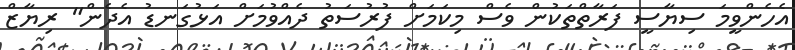
އެހެންވީމަ ސިޔާސީ ފަރާތްތަކުން ވެސް މިކަމަށް ފުރުސަތު ދެއްވުމަށް އަޅުގަނޑު އެދެން" ރިޔާޒް